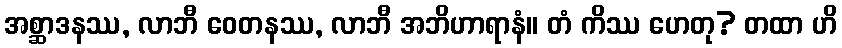
အစ္ဆာဒနဿ, လာဘီ ဝေတနဿ, လာဘီ အဘိဟာရာနံ။ တံ ကိဿ ဟေတု? တထာ ဟိ